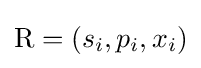
{\text{R}}=(s_{i},p_{i},x_{i})